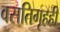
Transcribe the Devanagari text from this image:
वसतिगृहही